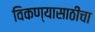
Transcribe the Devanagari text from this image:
विकण्यासाठीचा